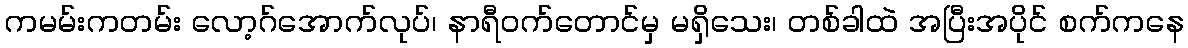
ကမမ်းကတမ်း လော့ဂ်အောက်လုပ်၊ နာရီဝက်တောင်မှ မရှိသေး၊ တစ်ခါထဲ အပြီးအပိုင် စက်ကနေ